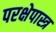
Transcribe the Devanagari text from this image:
परक्षेपास्त्र